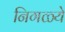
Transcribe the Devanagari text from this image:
निगळ्ये